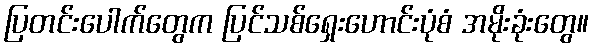
ပြတင်းပေါက်တွေက ပြင်သစ်ရှေးဟောင်းပုံစံ အမိုးခုံးတွေ။